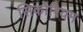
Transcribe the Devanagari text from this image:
सिकोरियम